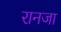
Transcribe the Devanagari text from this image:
रानजा